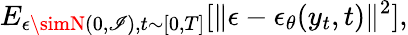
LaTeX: E_{\epsilon\simN(0,\mathscr{I}),t\sim[0,T]}[\| \epsilon-\epsilon_{\theta}(y_{t},t)\| ^{2}],